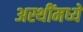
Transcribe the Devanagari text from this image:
अस्थींमध्ये